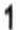
1